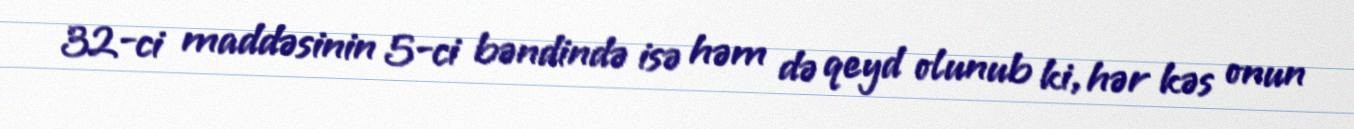
32-ci maddəsinin 5-ci bəndində isə həm də qeyd olunub ki, hər kəs onun